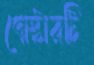
পোস্টারটি